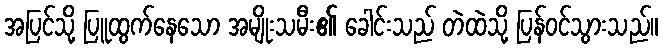
အပြင်သို့ ပြူထွက်နေသော အမျိုးသမီး၏ ခေါင်းသည် တဲထဲသို့ ပြန်ဝင်သွားသည်။